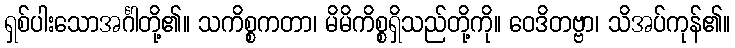
ရှစ်ပါးသောအင်္ဂါတို့၏။ သကိစ္စကတာ၊ မိမိကိစ္စရှိသည်တို့ကို။ ဝေဒိတဗ္ဗာ၊ သိအပ်ကုန်၏။